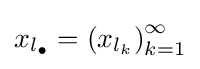
x_{l_{\bullet }}=\left(x_{l_{k}}\right)_{k=1}^{\infty }